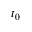
t _ { 0 }